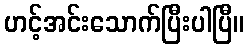
ဟင့်အင်းသောက်ပြီးပါပြီ။